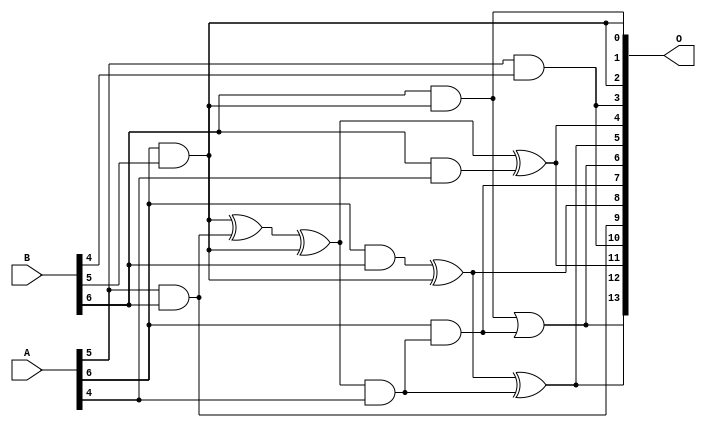
// This program was cloned from: https://github.com/ehw-fit/evoapproxlib
// License: MIT License

/***
* This code is a part of EvoApproxLib library (ehw.fit.vutbr.cz/approxlib) distributed under The MIT License.
* When used, please cite the following article(s): V. Mrazek, S. S. Sarwar, L. Sekanina, Z. Vasicek and K. Roy, "Design of power-efficient approximate multipliers for approximate artificial neural networks," 2016 IEEE/ACM International Conference on Computer-Aided Design (ICCAD), Austin, TX, 2016, pp. 1-7. doi: 10.1145/2966986.2967021 
* This file contains a circuit from a sub-set of pareto optimal circuits with respect to the pwr and ep parameters
***/
// MAE% = 5.09 %
// MAE = 835 
// WCE% = 19.05 %
// WCE = 3121 
// WCRE% = 114.31 %
// EP% = 98.41 %
// MRE% = 46.83 %
// MSE = 11107.118e2 
// PDK45_PWR = 0.0068 mW
// PDK45_AREA = 35.2 um2
// PDK45_DELAY = 0.21 ns


module mul7u_0CA(A, B, O);
  input [6:0] A, B;
  output [13:0] O;
  wire [6:0] A, B;
  wire [13:0] O;
  wire sig_194, sig_219, sig_220, sig_223, sig_224, sig_243;
  assign O[3] = A[5] & B[4];
  assign O[0] = A[6] & B[5];
  assign O[2] = B[5] & A[6];
  assign O[9] = A[5] & B[6];
  assign sig_194 = A[6] & B[6];
  assign sig_219 = B[6] & A[4];
  assign sig_220 = O[0] ^ O[9];
  assign sig_223 = sig_220 ^ O[2];
  assign sig_224 = B[5] & A[6];
  assign sig_243 = sig_223 & A[4];
  assign O[8] = sig_194 ^ sig_224;
  assign O[1] = B[6] & sig_224;
  assign O[7] = A[6] & sig_243;
  assign O[5] = O[8] ^ sig_243;
  assign O[6] = O[1] | O[7];
  assign O[4] = sig_223 ^ sig_219;
  assign O[10] = O[3];
  assign O[11] = O[4];
  assign O[12] = O[5];
  assign O[13] = O[6];
endmodule